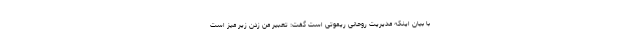
با بیان اینکه مدیریت روحانی ریموتی است گفت: تعبیر من زدن زیر میز است